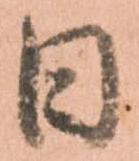
日